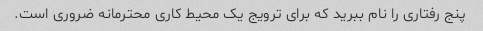
پنج رفتاری را نام ببرید که برای ترویج یک محیط کاری محترمانه ضروری است.